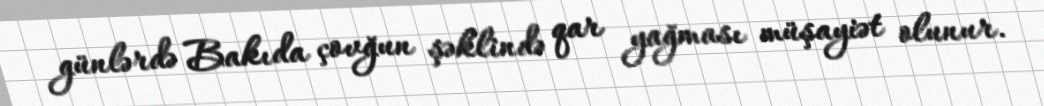
günlərdə Bakıda çovğun şəklində qar yağması müşayiət olunur.